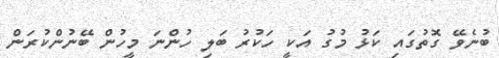
ބުނެވޭ ގޮތުގައި ކަޅު މުގު އަކީ ހަކުރު ބަލި ހުންނަ މީހުން ބޭނުންކުރަން